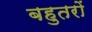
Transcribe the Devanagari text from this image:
बहुतरों